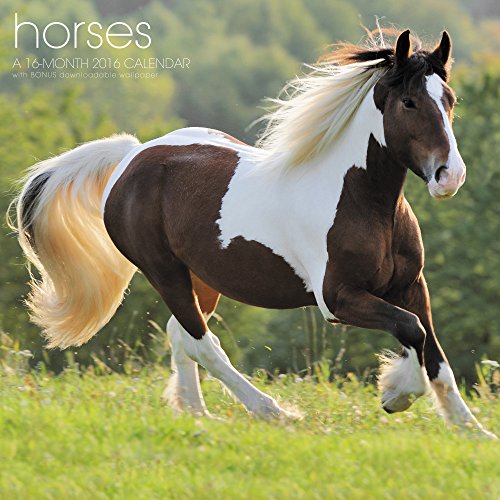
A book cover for Horses Wall Calendar (2016); Landmark; Calendars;